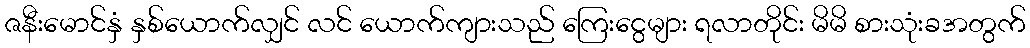
ဇနီးမောင်နှံ နှစ်ယောက်လျှင် လင် ယောက်ကျားသည် ကြေးငွေများ ရလာတိုင်း မိမိ စားသုံးခအတွက်